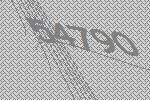
54790